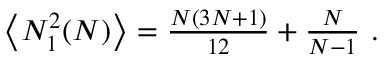
\begin{array} { r } { \left\langle N _ { 1 } ^ { 2 } ( N ) \right\rangle = \frac { N ( 3 N + 1 ) } { 1 2 } + \frac { N } { N - 1 } ~ . } \end{array}